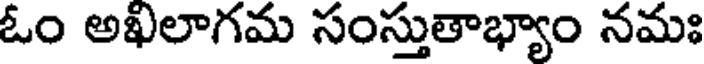
ఓం అఖలాగమ సంస్తుతాభ్యాం నమః